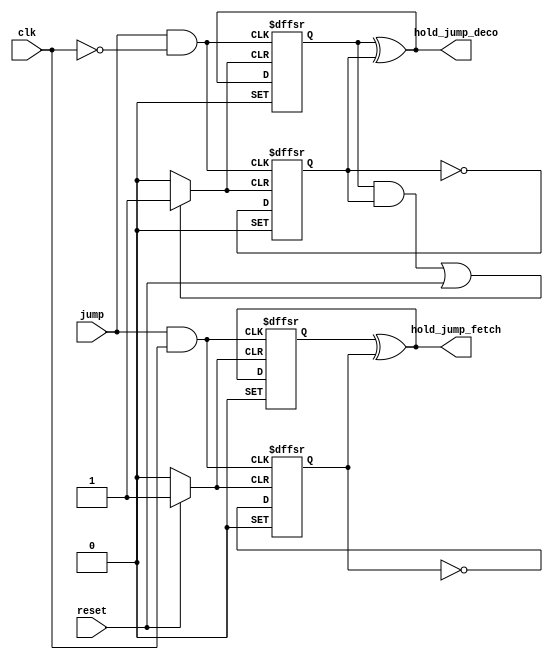
module uc_conditional_jump(
	jump,
	clk,
	reset,
	hold_jump_fetch,
	hold_jump_deco
);


input wire	jump;
input wire	clk;
input wire	reset;
output wire	hold_jump_fetch;
output wire	hold_jump_deco;

wire	SYNTHESIZED_WIRE_21;
reg	SYNTHESIZED_WIRE_22;
wire	SYNTHESIZED_WIRE_23;
wire	SYNTHESIZED_WIRE_2;
wire	SYNTHESIZED_WIRE_3;
reg	TFFE_inst12;
wire	SYNTHESIZED_WIRE_24;
wire	SYNTHESIZED_WIRE_25;
wire	SYNTHESIZED_WIRE_26;
wire	SYNTHESIZED_WIRE_8;
reg	SYNTHESIZED_WIRE_27;
wire	SYNTHESIZED_WIRE_11;
wire	SYNTHESIZED_WIRE_12;
wire	SYNTHESIZED_WIRE_13;
wire	SYNTHESIZED_WIRE_14;
reg	SYNTHESIZED_WIRE_28;
wire	SYNTHESIZED_WIRE_15;
wire	SYNTHESIZED_WIRE_29;
wire	SYNTHESIZED_WIRE_20;

assign	SYNTHESIZED_WIRE_2 = 1;
assign	SYNTHESIZED_WIRE_3 = 1;
assign	SYNTHESIZED_WIRE_25 = 1;
assign	SYNTHESIZED_WIRE_8 = 1;
assign	SYNTHESIZED_WIRE_11 = 1;
assign	SYNTHESIZED_WIRE_12 = 1;
assign	SYNTHESIZED_WIRE_29 = 1;
assign	SYNTHESIZED_WIRE_20 = 1;




always@(posedge SYNTHESIZED_WIRE_23 or negedge SYNTHESIZED_WIRE_21 or negedge SYNTHESIZED_WIRE_3)
begin
if (!SYNTHESIZED_WIRE_21)
	begin
	TFFE_inst12 <= 0;
	end
else
if (!SYNTHESIZED_WIRE_3)
	begin
	TFFE_inst12 <= 1;
	end
else
if (SYNTHESIZED_WIRE_2)
	begin
	TFFE_inst12 <= TFFE_inst12 ^ SYNTHESIZED_WIRE_22;
	end
end




assign	SYNTHESIZED_WIRE_21 =  ~reset;

assign	SYNTHESIZED_WIRE_23 = jump & clk;

assign	hold_jump_fetch = TFFE_inst12 ^ SYNTHESIZED_WIRE_22;


always@(posedge SYNTHESIZED_WIRE_26 or negedge SYNTHESIZED_WIRE_24 or negedge SYNTHESIZED_WIRE_8)
begin
if (!SYNTHESIZED_WIRE_24)
	begin
	SYNTHESIZED_WIRE_27 <= 0;
	end
else
if (!SYNTHESIZED_WIRE_8)
	begin
	SYNTHESIZED_WIRE_27 <= 1;
	end
else
if (SYNTHESIZED_WIRE_25)
	begin
	SYNTHESIZED_WIRE_27 <= SYNTHESIZED_WIRE_27 ^ SYNTHESIZED_WIRE_25;
	end
end


always@(posedge SYNTHESIZED_WIRE_26 or negedge SYNTHESIZED_WIRE_24 or negedge SYNTHESIZED_WIRE_12)
begin
if (!SYNTHESIZED_WIRE_24)
	begin
	SYNTHESIZED_WIRE_28 <= 0;
	end
else
if (!SYNTHESIZED_WIRE_12)
	begin
	SYNTHESIZED_WIRE_28 <= 1;
	end
else
if (SYNTHESIZED_WIRE_11)
	begin
	SYNTHESIZED_WIRE_28 <= SYNTHESIZED_WIRE_28 ^ SYNTHESIZED_WIRE_27;
	end
end





assign	SYNTHESIZED_WIRE_24 =  ~SYNTHESIZED_WIRE_13;

assign	SYNTHESIZED_WIRE_26 = jump & SYNTHESIZED_WIRE_14;

assign	hold_jump_deco = SYNTHESIZED_WIRE_28 ^ SYNTHESIZED_WIRE_27;

assign	SYNTHESIZED_WIRE_14 =  ~clk;

assign	SYNTHESIZED_WIRE_13 = SYNTHESIZED_WIRE_15 | reset;

assign	SYNTHESIZED_WIRE_15 = SYNTHESIZED_WIRE_28 & SYNTHESIZED_WIRE_27;



always@(posedge SYNTHESIZED_WIRE_23 or negedge SYNTHESIZED_WIRE_21 or negedge SYNTHESIZED_WIRE_20)
begin
if (!SYNTHESIZED_WIRE_21)
	begin
	SYNTHESIZED_WIRE_22 <= 0;
	end
else
if (!SYNTHESIZED_WIRE_20)
	begin
	SYNTHESIZED_WIRE_22 <= 1;
	end
else
if (SYNTHESIZED_WIRE_29)
	begin
	SYNTHESIZED_WIRE_22 <= SYNTHESIZED_WIRE_22 ^ SYNTHESIZED_WIRE_29;
	end
end


endmodule